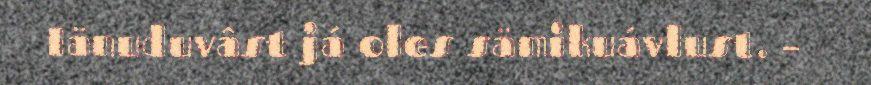
Iänuduvâst já oles sämikuávlust. –